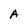
Character: A